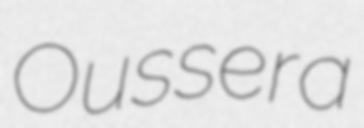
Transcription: Oussera